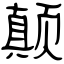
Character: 颠